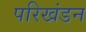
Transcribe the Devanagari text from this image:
परिखंडन